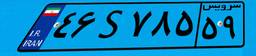
۴۶S۷۸۵۵۹